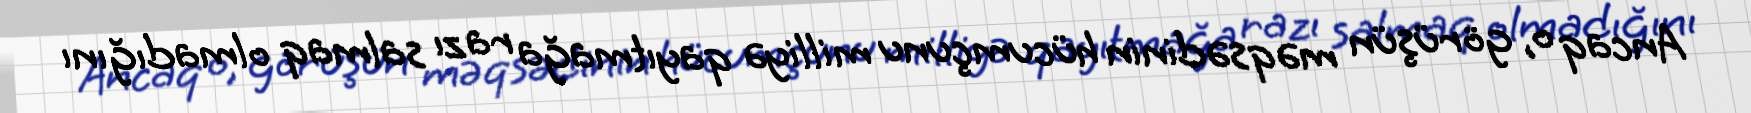
Ancaq o, görüşün məqsədinin hücumçunu milliyə qayıtmağa razı salmaq olmadığını